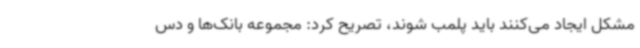
مشکل ایجاد می‌کنند باید پلمب شوند، تصریح کرد: مجموعه بانک‌ها و دس